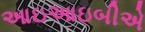
આઇઆઇબીએ